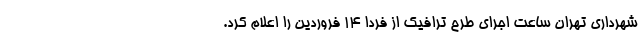
شهرداری تهران ساعت اجرای طرح ترافیک از فردا ۱۴ فروردین را اعلام کرد.